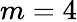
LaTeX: m=4